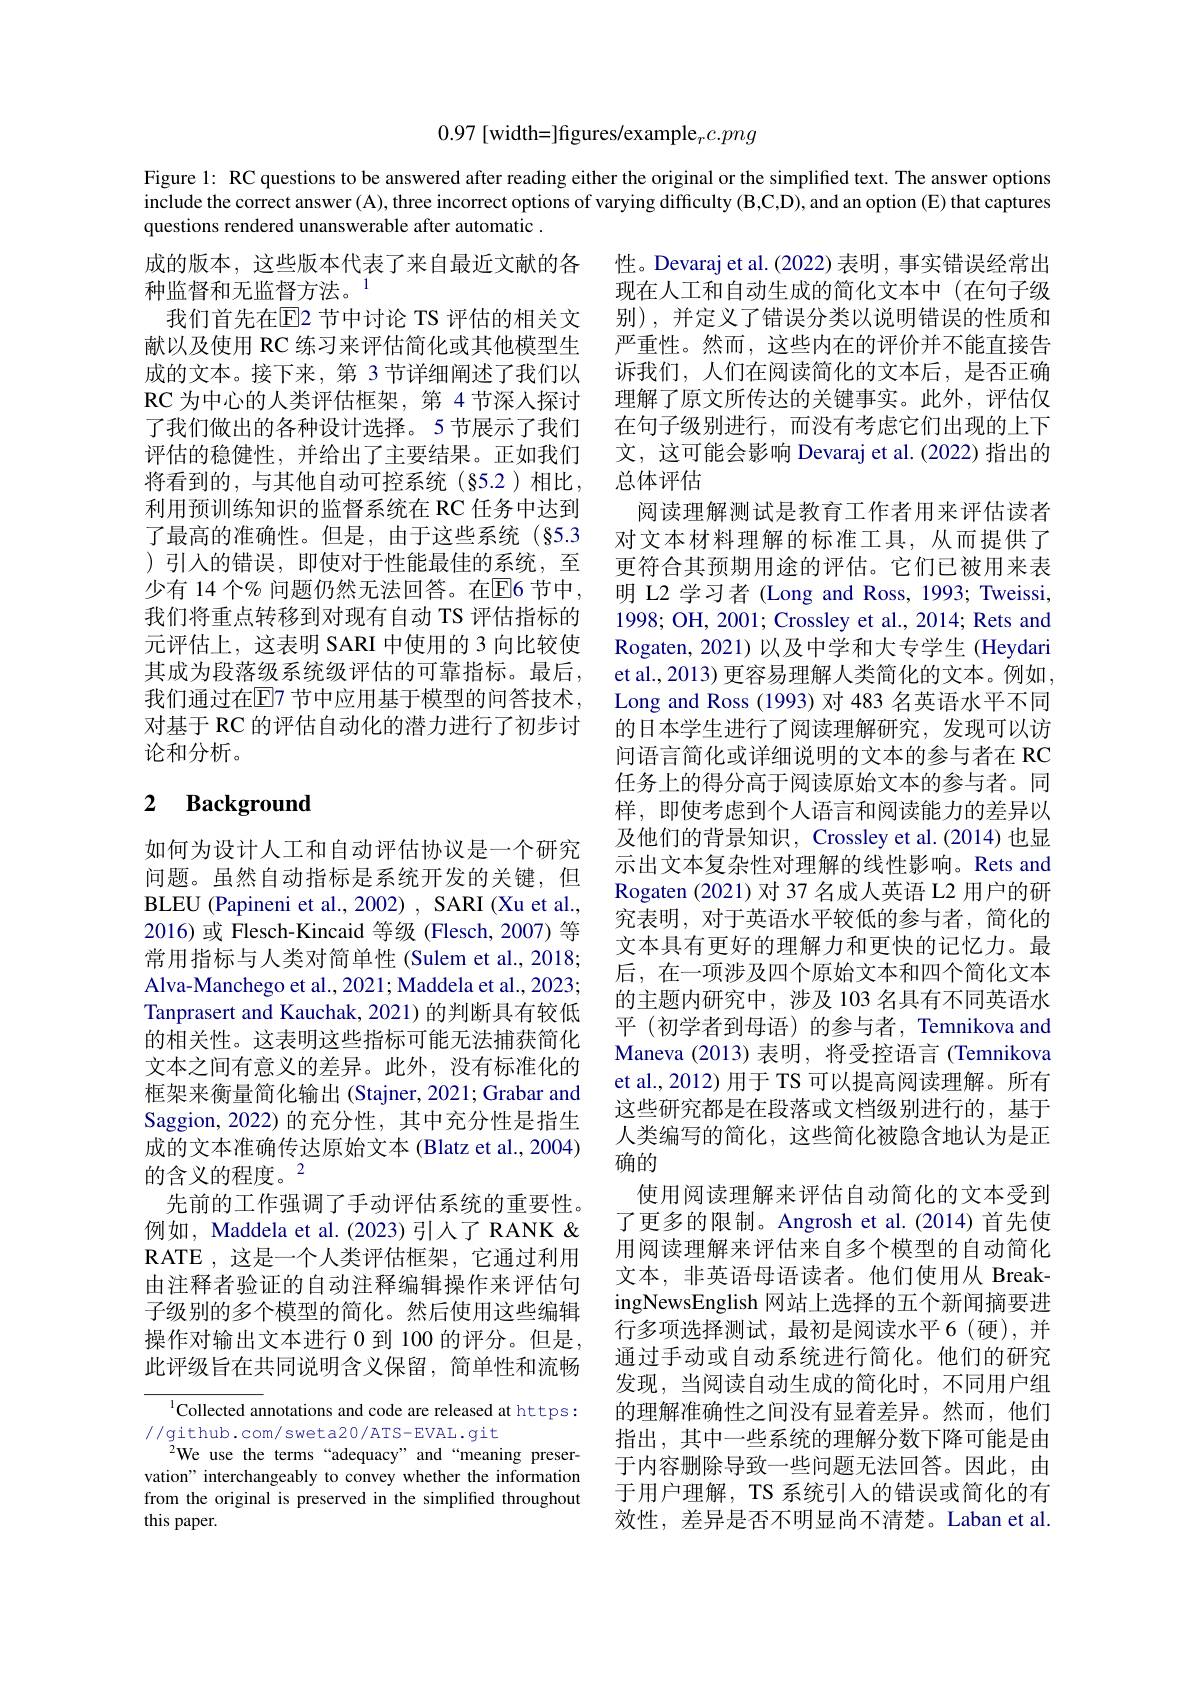
0.97 [width=]figures/example$_rc.png$

Figure 1: RC questions to be answered after reading either the original or the simplified text. The answer options include the correct answer(A), three incorrect options of varying difficulty (B,C,D), and an option (E) that captures questions rendered unanswerable after automatic .

成的版本，这些版本代表了来自最近文献的各
种监督和无监督方法。$^{1}$
我们首先在$\overline{\mathrm{E}}$2 节中讨论 TS 评估的相关文献以及使用 RC 练习来评估简化或其他模型生成的文本。接下来，第 3 节详细阐述了我们以RC 为中心的人类评估框架，第 4节深入探讨了我们做出的各种设计选择。5节展示了我们评估的稳健性，并给出了主要结果。正如我们将看到的，与其他自动可控系统(§5.2)相比， 利用预训练知识的监督系统在 RC 任务中达到了最高的准确性。但是，由于这些系统(§5.3 )引入的错误，即使对于性能最佳的系统，至少有 14 个% 问题仍然无法回答。在$\overline{\mathrm{E}}$6 节中， 我们将重点转移到对现有自动 TS 评估指标的元评估上，这表明 SARI 中使用的 3 向比较使其成为段落级系统级评估的可靠指标。最后， 我们通过在$\overline{\mathrm{E}}$7 节中应用基于模型的问答技术， 对基于 RC 的评估自动化的潜力进行了初步讨论和分析。

# 2 $\textbf{Background}$

性。Devaraj et al. (2022) 表明 , 事实错误经常出现在人工和自动生成的简化文本中(在句子级别),并定义了错误分类以说明错误的性质和严重性。然而，这些内在的评价并不能直接告诉我们，人们在阅读简化的文本后，是否正确理解了原文所传达的关键事实。此外，评估仅在句子级别进行，而没有考虑它们出现的上下文，这可能会影响 Devaraj et al. (2022) 指出的总体评估
阅读理解测试是教育工作者用来评估读者对文本材料理解的标准工具，从而提供了更符合其预期用途的评估。它们已被用来表明 L2 学习者 (Long and Ross, 1993; Tweissi, 1998; OH, 2001; Crossley et al., 2014; Rets and Rogaten, 2021) 以及中学和大专学生 (Heydari et al., 2013) 更容易理解人类简化的文本。例如， Long and Ross (1993) 对 483 名英语水平不同的日本学生进行了阅读理解研究，发现可以访问语言简化或详细说明的文本的参与者在 RC 任务上的得分高于阅读原始文本的参与者。同样，即使考虑到个人语言和阅读能力的差异以及他们的背景知识，Crossley et al.(2014)也显示出文本复杂性对理解的线性影响。Rets and Rogaten (2021)对 37 名成人英语 L2 用户的研究表明，对于英语水平较低的参与者，简化的文本具有更好的理解力和更快的记忆力。最后，在一项涉及四个原始文本和四个简化文本的主题内研究中，涉及 103 名具有不同英语水平 (初学者到母语) 的参与者，Temnikova and Maneva (2013) 表明，将受控语言 (Temnikova et al., 2012) 用于 TS 可以提高阅读理解。所有这些研究都是在段落或文档级别进行的，基于人类编写的简化，这些简化被隐含地认为是正确的
使用阅读理解来评估自动简化的文本受到了更多的限制。Angrosh et al.(2014)首先使用阅读理解来评估来自多个模型的自动简化文本，非英语母语读者。他们使用从 BreakingNewsEnglish 网站上选择的五个新闻摘要进行多项选择测试，最初是阅读水平6(硬),并通过手动或自动系统进行简化。他们的研究发现，当阅读自动生成的简化时，不同用户组的理解准确性之间没有显着差异。然而，他们指出，其中一些系统的理解分数下降可能是由于内容删除导致一些问题无法回答。因此，由于用户理解，TS 系统引人的错误或简化的有效性，差异是否不明显尚不清楚。Laban et al.

如何为设计人工和自动评估协议是一个研究问题。虽然自动指标是系统开发的关键，但BLEU ( Papineni et al. , 2002) , SARI ( Xu et al. , 2016)或 Flesch-Kincaid 等级 (Flesch, 2007) 等常用指标与人类对简单性 (Sulem et al., 2018; Alva-Manchego et al., 2021; Maddela et al., 2023; Tanprasert and Kauchak, 2021)的判断具有较低的相关性。这表明这些指标可能无法捕获简化文本之间有意义的差异。此外，没有标准化的框架来衡量简化输出(Stajner,2021;Grabar and Saggion, 2022) 的充分性，其中充分性是指生成的文本准确传达原始文本 (Blatz et al., 2004) 的含义的程度。2
先前的工作强调了手动评估系统的重要性。例如，Maddela et al. (2023) 引人了 RANK & RATE ,这是一个人类评估框架，它通过利用由注释者验证的自动注释编辑操作来评估句子级别的多个模型的简化。然后使用这些编辑操作对输出文本进行 0 到 100 的评分。但是， 此评级旨在共同说明含义保留，简单性和流畅

$^{1}$Collected annotations and code are released at https:
//github.com/sweta20/ATS-EVAL.git
We use the terms“adequacy”and“meaning preservation" interchangeably to convey whether the information from the original is preserved in the simplified throughout this paper.